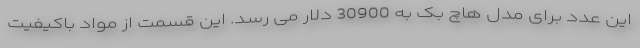
این عدد برای مدل هاچ بک به 30900 دلار می رسد. این قسمت از مواد باکیفیت